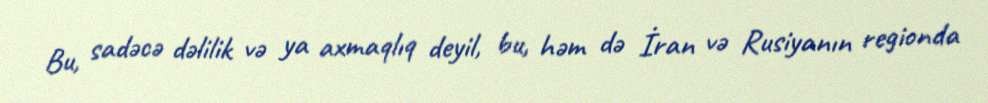
Bu, sadəcə dəlilik və ya axmaqlıq deyil, bu, həm də İran və Rusiyanın regionda